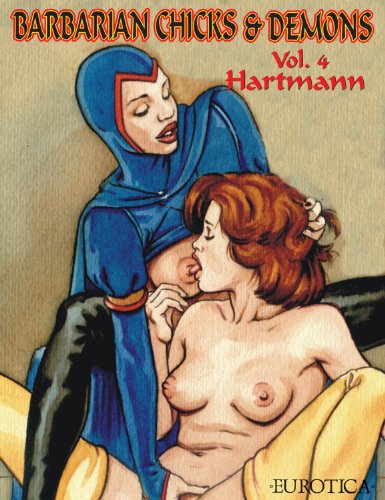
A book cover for Barbarian Chicks & Demons Vol. 4; Hartmann; Comics & Graphic Novels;